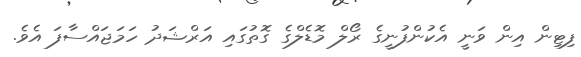
ފިޓިން އިން ވަނީ އެކުންފުނީގެ ރޯލް މޮޑެލްގެ ގޮތުގައި އަރްޝަދު ހަމަޖައްސާފަ އެވެ.